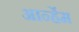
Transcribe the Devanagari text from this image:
आर्न्हेम